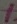
Text: 1